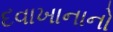
દવાખાનાનો